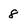
Character: 8